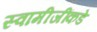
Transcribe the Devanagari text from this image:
स्वामीजींकडे